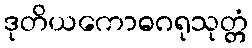
ဒုတိယကောဓဂရုသုတ္တံ